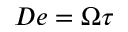
D e = \Omega \tau